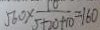
5 6 0 \times \frac { 1 0 } { 5 + 2 0 + 1 0 } = 1 6 0